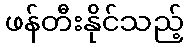
ဖန်တီးနိုင်သည့်